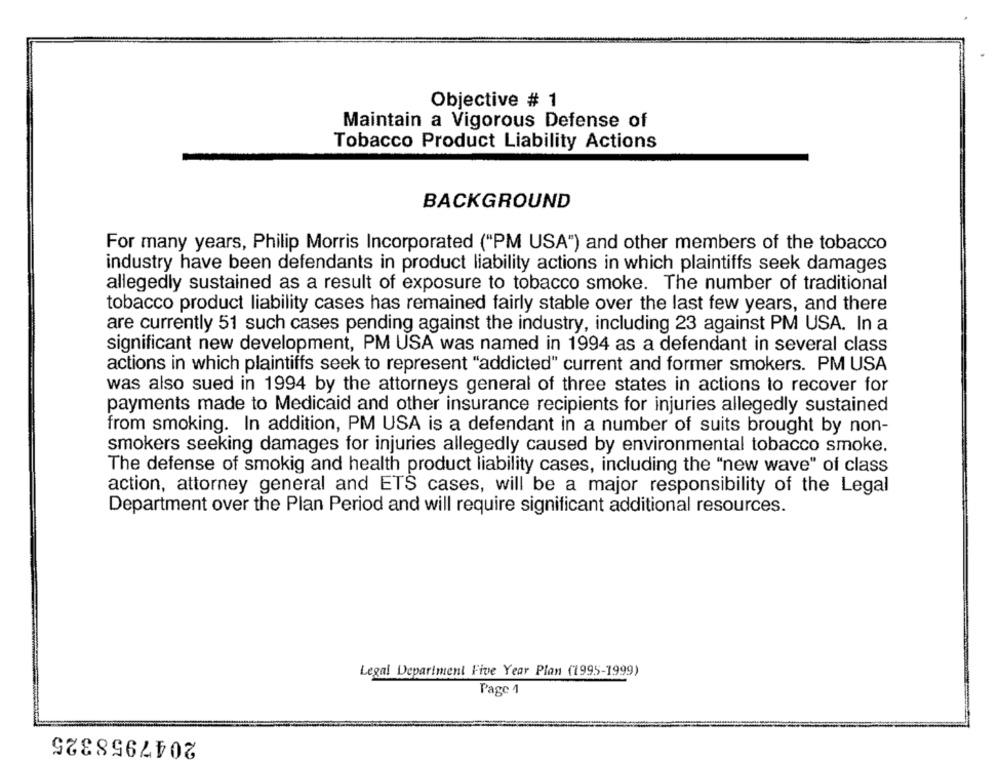
Objective # 1
Maintain a Vigorous Defense of
Tobacco Product Liability Actions
BACKGROUND
For many years, Philip Morris Incorporated ("PM USA") and other members of the tobacco
industry have been defendants in product liability actions in which plaintiffs seek damages
allegedly sustained as a result of exposure to tobacco smoke. The number of traditional
tobacco product liability cases has remained fairly stable over the last few years, and there
are currently 51 such cases pending against the industry, including 23 against PM USA. In a
significant new development, PM USA was named in 1994 as a defendant in several class
actions in which plaintiffs seek to represent "addicted" current and former smokers. PM USA
was also sued in 1994 by the attorneys general of three states in actions to recover for
payments made to Medicaid and other insurance recipients for injuries allegedly sustained
from smoking. In addition, PM USA is a defendant in a number of suits brought by non-
smokers seeking damages for injuries allegedly caused by environmental tobacco smoke.
The defense of smokig and health product liability cases, including the "new wave" of class
action, attorney general and ETS cases, will be a major responsibility of the Legal
Department over the Plan Period and will require significant additional resources.
Legal Department Five Year Plan (1995-1999)
Page 1
2047958325